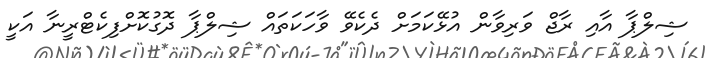
ޝިލްޕާ އާއި ރާޖް ވަރިވާން އުޅޭކަމަށް ދެކެވޭ ވާހަކަތައް ޝިލްޕާ ދޮގުކޮށްފިކެޓްރީނާ އަކީ